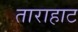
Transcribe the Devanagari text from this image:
ताराहाट